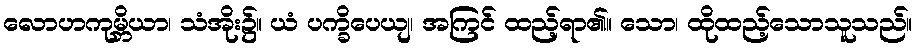
လောဟကုမ္ဘိယာ၊ သံအိုး၌။ ယံ ပက္ခိပေယျ၊ အကြင် ထည့်ရာ၏။ သော၊ ထိုထည့်သောသူသည်။